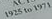
1925to1971